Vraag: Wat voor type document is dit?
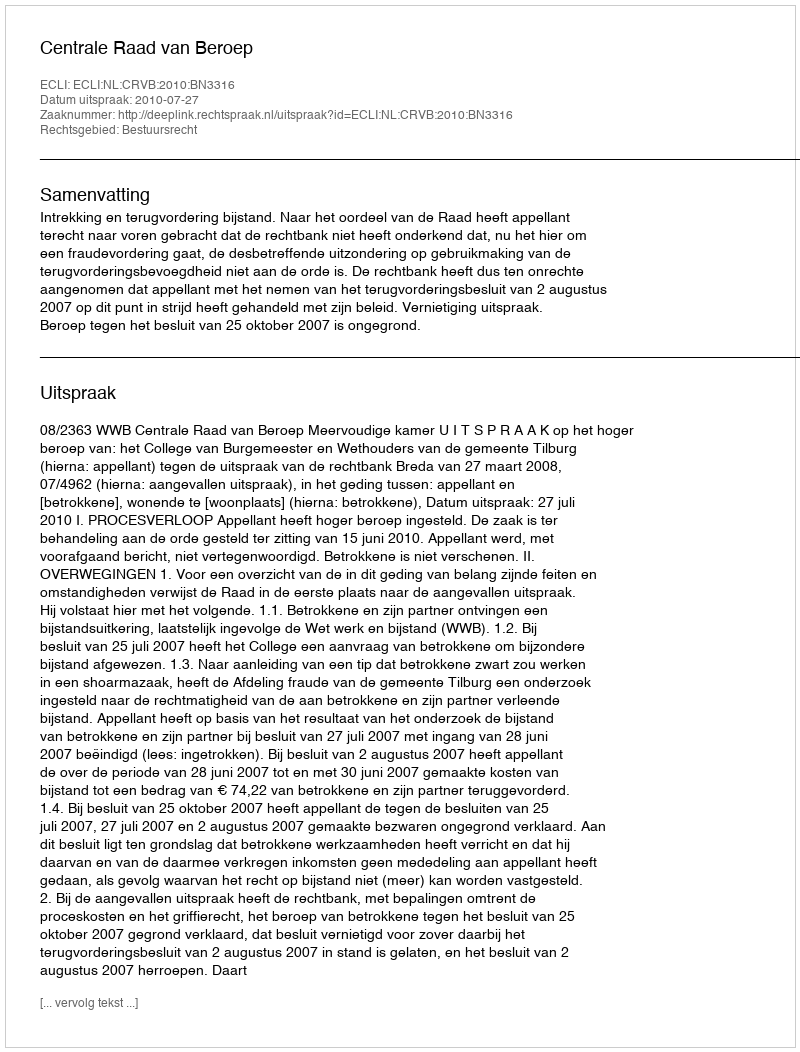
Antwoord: Uitspraak